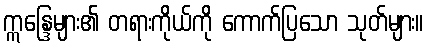
ဣန္ဒြေများ၏ တရားကိုယ်ကို ကောက်ပြသော သုတ်များ။